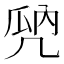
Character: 𠙙